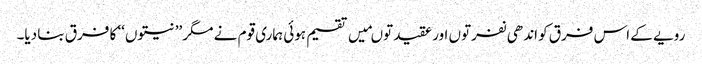
رویے کے اس فرق کو اندھی نفرتوں اور عقیدتوںمیں تقسیم ہوئی ہماری قوم نے مگر ’’نیتوں‘‘ کا فرق بنا دیا۔